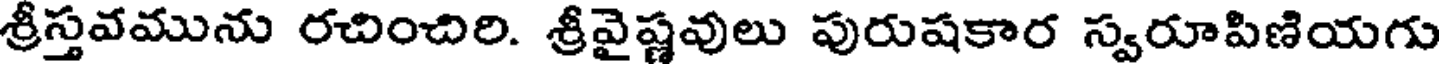
శ్రీస్తవమును రచించిరి. శ్రీవైష్ణవులు పురుషకార స్వరూపిణియగు